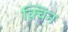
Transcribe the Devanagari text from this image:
क़्विन